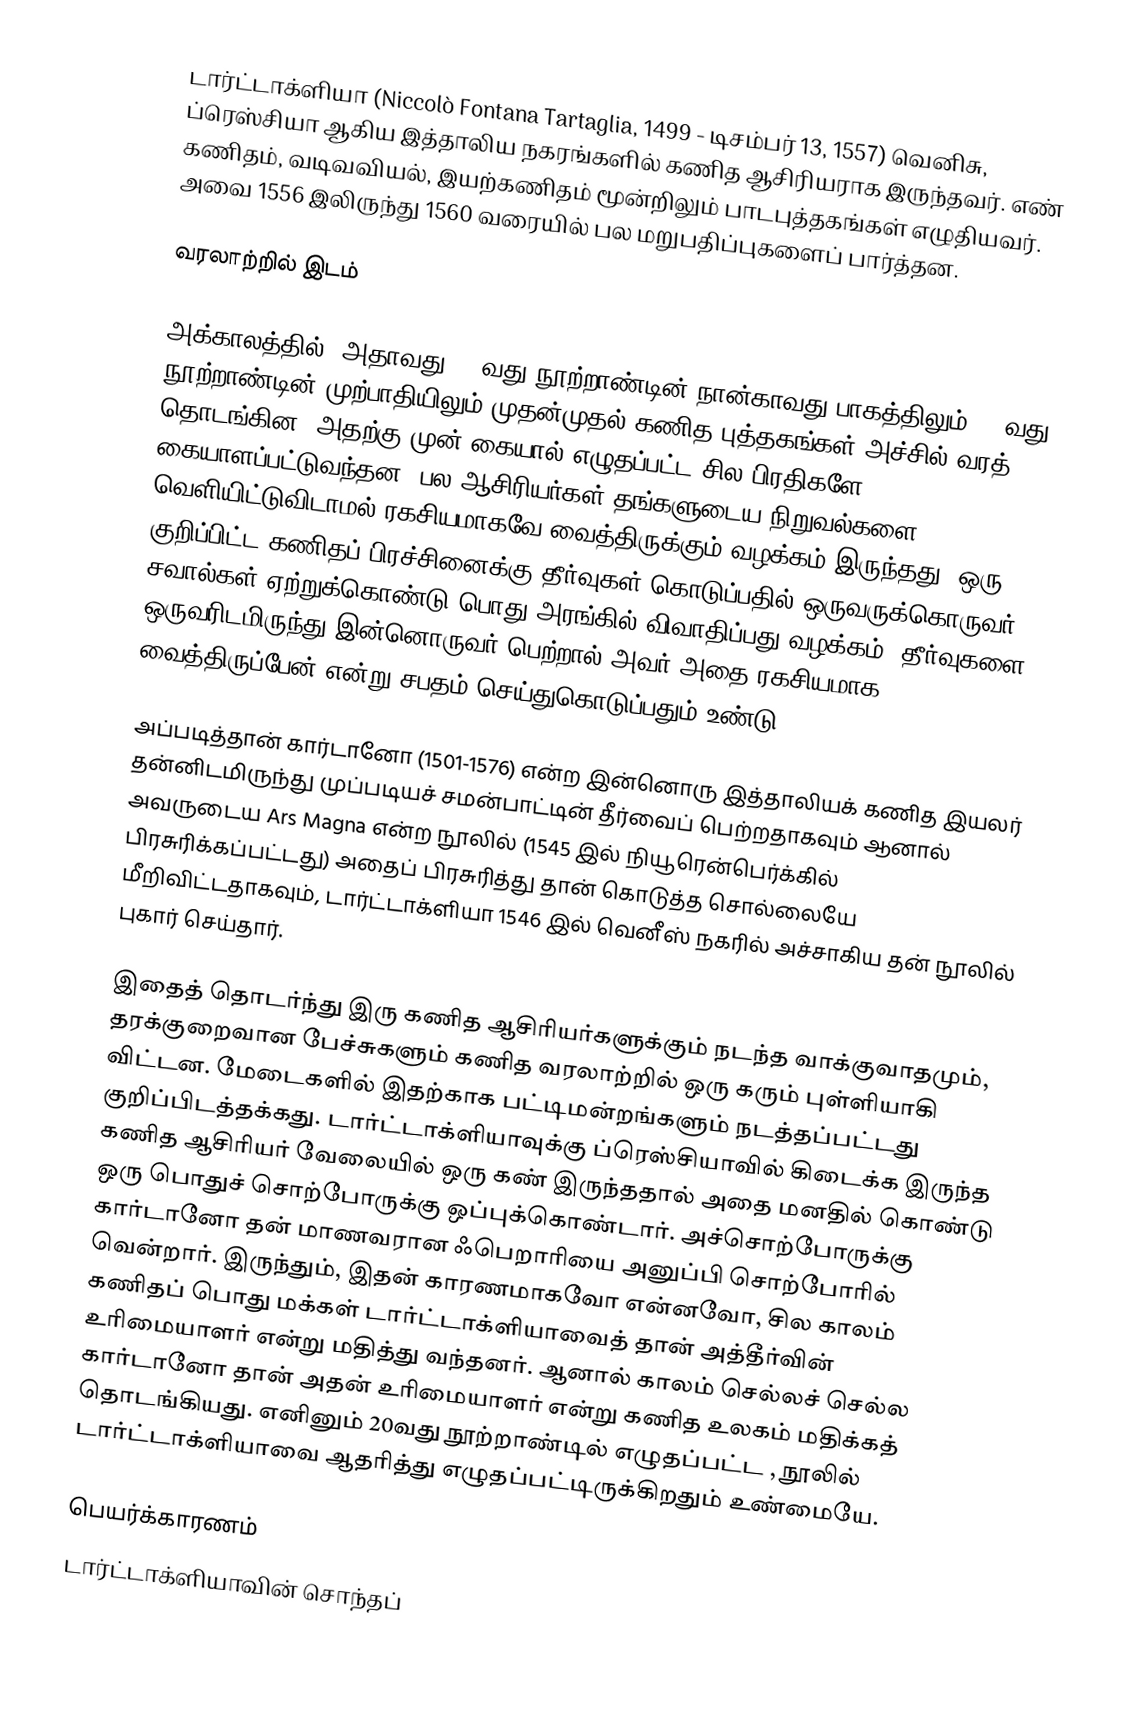
டார்ட்டாக்ளியா (Niccolò Fontana Tartaglia, 1499 - டிசம்பர் 13, 1557) வெனிசு, ப்ரெஸ்சியா ஆகிய இத்தாலிய நகரங்களில் கணித ஆசிரியராக இருந்தவர். எண் கணிதம், வடிவவியல், இயற்கணிதம் மூன்றிலும் பாடபுத்தகங்கள் எழுதியவர். அவை 1556 இலிருந்து 1560 வரையில் பல மறுபதிப்புகளைப் பார்த்தன.

வரலாற்றில் இடம்

அக்காலத்தில், அதாவது, 15வது நூற்றாண்டின் நான்காவது பாகத்திலும் 16 வது நூற்றாண்டின் முற்பாதியிலும் முதன்முதல் கணித புத்தகங்கள் அச்சில் வரத் தொடங்கின. அதற்கு முன் கையால் எழுதப்பட்ட சில பிரதிகளே கையாளப்பட்டுவந்தன. பல ஆசிரியர்கள் தங்களுடைய நிறுவல்களை வெளியிட்டுவிடாமல் ரகசியமாகவே வைத்திருக்கும் வழக்கம் இருந்தது. ஒரு குறிப்பிட்ட கணிதப் பிரச்சினைக்கு தீர்வுகள் கொடுப்பதில் ஒருவருக்கொருவர் சவால்கள் ஏற்றுக்கொண்டு பொது அரங்கில் விவாதிப்பது வழக்கம். தீர்வுகளை ஒருவரிடமிருந்து இன்னொருவர் பெற்றால் அவர் அதை ரகசியமாக வைத்திருப்பேன் என்று சபதம் செய்துகொடுப்பதும் உண்டு.

அப்படித்தான் கார்டானோ (1501-1576) என்ற இன்னொரு இத்தாலியக் கணித இயலர் தன்னிடமிருந்து முப்படியச் சமன்பாட்டின் தீர்வைப் பெற்றதாகவும் ஆனால் அவருடைய Ars Magna என்ற நூலில் (1545 இல் நியூரென்பெர்க்கில் பிரசுரிக்கப்பட்டது) அதைப் பிரசுரித்து தான் கொடுத்த சொல்லையே மீறிவிட்டதாகவும், டார்ட்டாக்ளியா 1546 இல் வெனீஸ் நகரில் அச்சாகிய தன் நூலில் புகார் செய்தார்.

இதைத் தொடர்ந்து இரு கணித ஆசிரியர்களுக்கும் நடந்த வாக்குவாதமும், தரக்குறைவான பேச்சுகளும் கணித வரலாற்றில் ஒரு கரும் புள்ளியாகி விட்டன. மேடைகளில் இதற்காக பட்டிமன்றங்களும் நடத்தப்பட்டது குறிப்பிடத்தக்கது. டார்ட்டாக்ளியாவுக்கு ப்ரெஸ்சியாவில் கிடைக்க இருந்த கணித ஆசிரியர் வேலையில் ஒரு கண் இருந்ததால் அதை மனதில் கொண்டு ஒரு பொதுச் சொற்போருக்கு ஒப்புக்கொண்டார். அச்சொற்போருக்கு கார்டானோ தன் மாணவரான ஃபெறாரியை அனுப்பி சொற்போரில் வென்றார். இருந்தும், இதன் காரணமாகவோ என்னவோ, சில காலம் கணிதப் பொது மக்கள் டார்ட்டாக்ளியாவைத் தான் அத்தீர்வின் உரிமையாளர் என்று மதித்து வந்தனர். ஆனால் காலம் செல்லச் செல்ல கார்டானோ தான் அதன் உரிமையாளர் என்று கணித உலகம் மதிக்கத் தொடங்கியது. எனினும் 20வது நூற்றாண்டில் எழுதப்பட்ட , நூலில் டார்ட்டாக்ளியாவை ஆதரித்து எழுதப்பட்டிருக்கிறதும் உண்மையே.

பெயர்க்காரணம்
டார்ட்டாக்ளியாவின் சொந்தப்